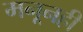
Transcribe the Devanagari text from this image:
मनूनही